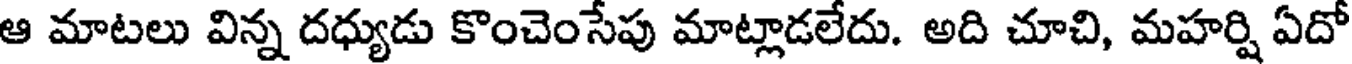
ఆ మాటలు విన్న దధ్యుడు కొంచెంసేపు మాట్లాడలేదు. అది చూచి, మహర్షి ఏదో